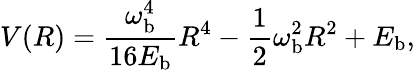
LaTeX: V(R)=\frac{\omega_{\mathrm{b}}^{4}}{16E_{\mathrm{b}}}R^{4}-\frac{1}{2}\omega_{\mathrm{b}}^{2}R^{2}+E_{\mathrm{b}},